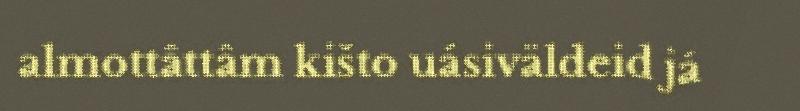
almottâttâm kišto uásiväldeid já